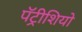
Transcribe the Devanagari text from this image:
पॅट्रीशियो